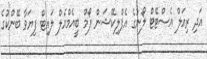
އަދި ރިއަލް އެސްޓޭޓް ލޯނުގެ އެޕްލިކޭޝަން ފޯމް ބީއެމްއެލް ލައިޓް ފިޔަވާ ބޭންކުގެ